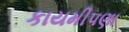
કાયમીપણા